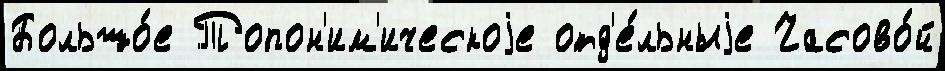
Большо́е Топон'им'ическоjе отд'е́льныjе Часово́й